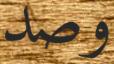
وصد